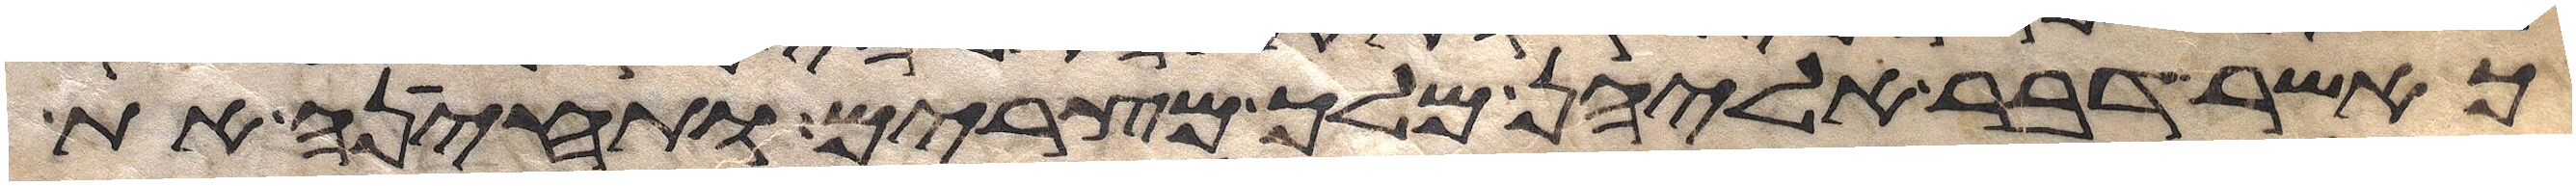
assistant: כאשר דבר אליהן מלך מצרים ותחינה את